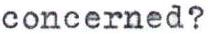
concerned?